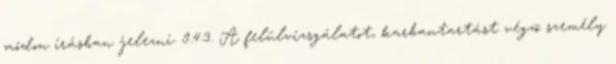
módon írásban jelezni. 9.4.3. A felülvizsgálatot, karbantartást végzõ személy